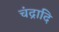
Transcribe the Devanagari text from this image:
चंद्रादि